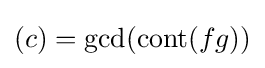
(c)=\gcd(\operatorname {cont} (fg))